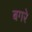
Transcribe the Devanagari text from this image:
बगरे